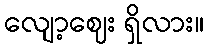
လျော့ဈေး ရှိလား။